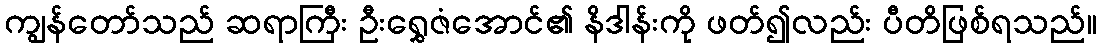
ကျွန်တော်သည် ဆရာကြီး ဦးရွှေဇံအောင်၏ နိဒါန်းကို ဖတ်၍လည်း ပီတိဖြစ်ရသည်။